Leaving Certificate, 1901
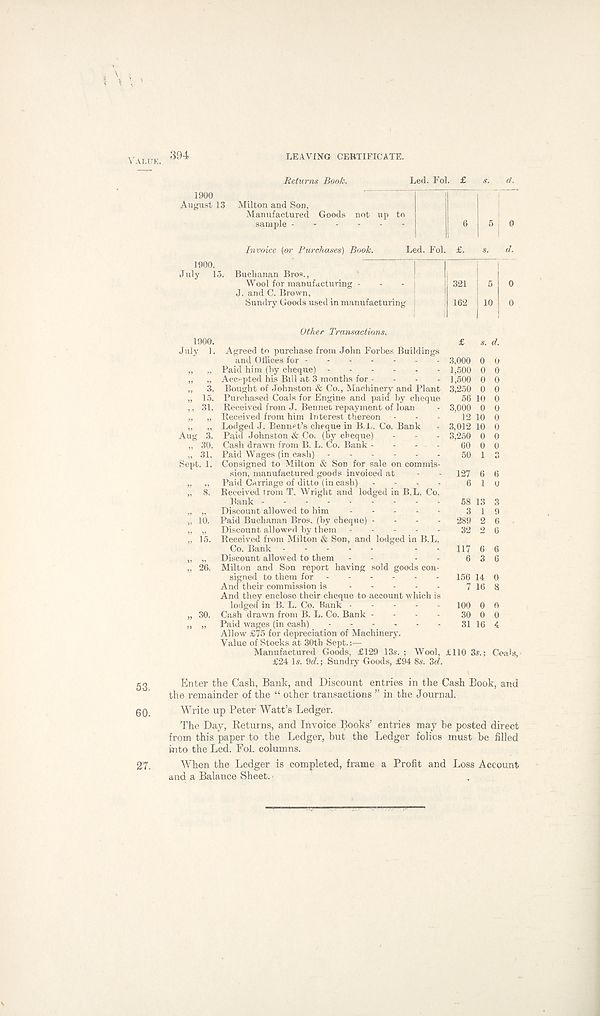
ALUK. 394
LEAVING CERTIFICATE.
Returns Book.
1900
August 13 Milton and Son,
Manufactured Goods not up to
sample
Invoice (or Purchases) Book.
1900,
July 15. Buchanan Bros.,
Wool for manufacturing -
J. and C. Brown,
Sundry Goods used in manufacturing
1900.
July 1.
Aug 3.
Other Transactions.
Agreed to purchase from John Forbes Buildings
and Offices for
Paid him (by cheque)
Accepted his Bill at 3 months for - - . .
Bought of Johnston & Co., Machinery and Plant
Purchased Coals for Engine and paid by cheque
Received from J. Bennet repayment of loan
Received from him Interest thereon
Lodged J. Ben net’s cheque in B.L. Co. Bank
Cash drawn from B. L. Co. Bank -
„ 31. Paid Wages (in cash) - -
Sept. 1, Consigned to Milton & Son for sale on commis-
sion, manufactured goods invoiced at
„ „ Paid Carriage of ditto (in cash)
„ 8. Received irom T, Wright and lodged in B.L, Co,
Bank
„ „ Discount allowed to him
„ 10. Paid Buchanan Bros, (by cheque) -
, , „ Discount allowed by them
„ 15. Received from Milton & Son, and lodged in B.L,
Co. Bank
„ „ Discount allowed to them
„ 26. Milton and Son report having sold goods con-
signed to them for - - - .
And their commission is - - -
And they enclose their cheque to account which i
lodged in B. L. Co. Bank •
„ 30. Cash drawn from B. L. Co. Bank -
„ „ Paid wages (in cash) ....
Allow £75 for depreciation of Machinery.
Value of Stocks at 30th Sept.:—
Manufactured Goods, £129 13s. ; Wool, £110 3$.; Coals,
£24 Is. 9tf.; Sundry Goods, £94 8s. Zd.
£ s. d.
3,000 0 0
1,500 0 0
1,500 0 0
3,250 0 0
56 10 0
3,000 0 0
12 10 0
3,012 10 0
3,250 0 0
58 13 3
3 1 9
289 2 6
32 2 6
117 6 6
6 3 6
100 0 6
30 0 0
31 16 4
53
Enter the Cash, Bank, and Discount entries in the Cash Book, and
the remainder of the “ other transactions ” in the Journal.
(30
Write up Peter Watt’s Ledger.
The Day, Returns, and Invoice Books’ entries may be posted direct
from this paper to the Ledger, but the Ledger folios must be filled
into the Led. Fob columns.
27. When the Ledger is completed, frame a Profit and Loss Account
and a Balance Sheet.;